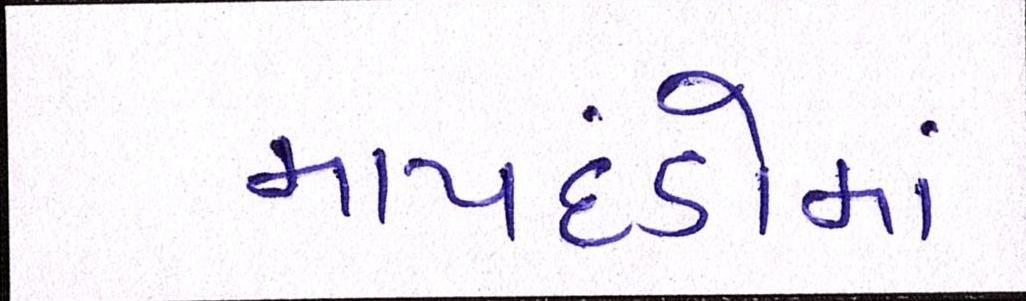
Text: માપદંડોમાં